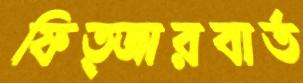
ফিত্জারবার্ত